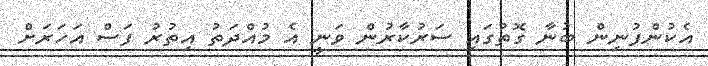
އެކުންފުނިން ބުނާ ގޮތުގައި ސަރުކާރުން ވަނީ އެ މުއްދަތު އިތުރު ފަސް އަހަރަށް